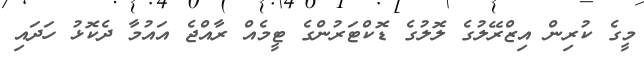
މީގެ ކުރިން އިޒްރޭލުގެ ލޮލުގެ ޑޮކްޓަރުންގެ ޓީމެއް ރާއްޖެ އައުމާ ދެކޮޅު ހަދައި